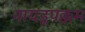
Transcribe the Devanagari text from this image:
नायडूपक्कम